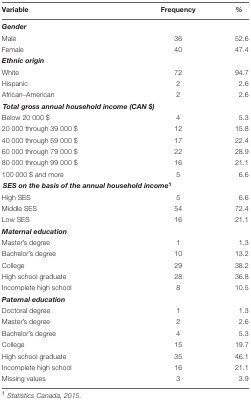
| Variable | Frequency | % |
 | --- | --- | --- |
 | Gender |  |  |
 | Male | 36 | 52.6 |
 | Female | 40 | 47.4 |
 | Ethnic origin |  |  |
 | White | 72 | 94.7 |
 | Hispanic | 2 | 2.6 |
 | African–American | 2 | 2.6 |
 | <COLSPAN=2> Total gross annual household income (CAN $) |  |
 | Below 20 000 $ | 4 | 5.3 |
 | 20 000 through 39 000 $ | 12 | 15.8 |
 | 40 000 through 59 000 $ | 17 | 22.4 |
 | 60 000 through 79 000 $ | 22 | 28.9 |
 | 80 000 through 99 000 $ | 16 | 21.1 |
 | 100 000 $ and more | 5 | 6.6 |
 | <COLSPAN=3> SES on the basis of the annual household income1 |
 | High SES | 5 | 6.6 |
 | Middle SES | 54 | 72.4 |
 | Low SES | 16 | 21.1 |
 | Maternal education |  |  |
 | Master’s degree | 1 | 1.3 |
 | Bachelor’s degree | 10 | 13.2 |
 | College | 29 | 38.2 |
 | High school graduate | 28 | 36.8 |
 | Incomplete high school | 8 | 10.5 |
 | Paternal education |  |  |
 | Doctoral degree | 1 | 1.3 |
 | Master’s degree | 2 | 2.6 |
 | Bachelor’s degree | 4 | 5.3 |
 | College | 15 | 19.7 |
 | High school graduate | 35 | 46.1 |
 | Incomplete high school | 16 | 21.1 |
 | Missing values | 3 | 3.9 |